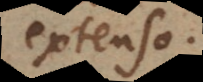
extenso.